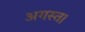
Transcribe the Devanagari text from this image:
अगस्त।